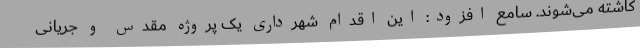
کاشته می‌شوند. سامع افزود: این اقدام شهرداری یک پروژه مقدس و جریانی